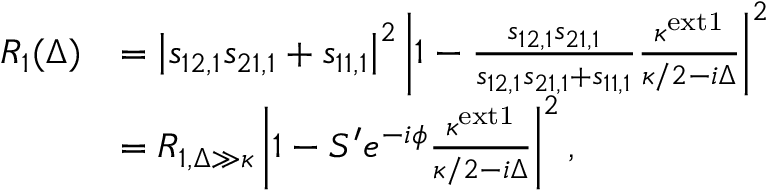
\begin{array} { r l } { R _ { 1 } ( \Delta ) } & { = \left| s _ { 1 2 , 1 } s _ { 2 1 , 1 } + s _ { 1 1 , 1 } \right| ^ { 2 } \left| 1 - \frac { s _ { 1 2 , 1 } s _ { 2 1 , 1 } } { s _ { 1 2 , 1 } s _ { 2 1 , 1 } + s _ { 1 1 , 1 } } \frac { \kappa ^ { \mathrm { e x t 1 } } } { \kappa / 2 - i \Delta } \right| ^ { 2 } } \\ & { = R _ { 1 , \Delta \gg \kappa } \left| 1 - S ^ { \prime } e ^ { - i \phi } \frac { \kappa ^ { \mathrm { e x t 1 } } } { \kappa / 2 - i \Delta } \right| ^ { 2 } , } \end{array}